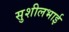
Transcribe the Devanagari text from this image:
सुशीलभाई